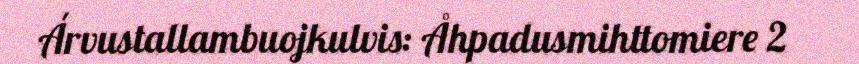
Árvustallambuojkulvis: Åhpadusmihttomiere 2